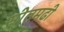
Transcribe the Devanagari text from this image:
सीतमढी